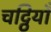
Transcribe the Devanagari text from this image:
चट्ठियाँ